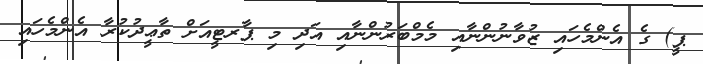
ޕީ) ގެ އެންމެހައި ޒުވާނުންނާއި މެމްބަރުންނާއި އަދި މި ޕާރޓީއަށް ތާޢީދުކުރާ އެންމެހައި